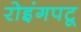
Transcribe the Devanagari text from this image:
रोइंगपटू